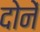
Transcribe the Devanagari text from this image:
दोनें